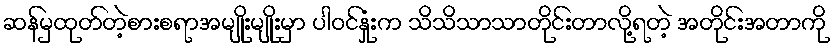
ဆန်မှထုတ်တဲ့စားစရာအမျိုးမျိုးမှာ ပါဝင်နှုံးက သိသိသာသာတိုင်းတာလို့ရတဲ့ အတိုင်းအတာကို